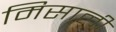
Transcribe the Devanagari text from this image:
मिसाली